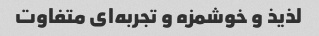
لذیذ و خوشمزه و تجربه‌ای متفاوت